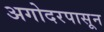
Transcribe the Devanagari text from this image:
अगोदरपासून